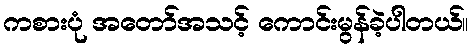
ကစားပုံ အတော်အသင့် ကောင်းမွန်ခဲ့ပါတယ်။